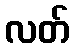
လတ်